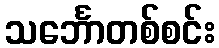
သင်္ဘောတစ်စင်း